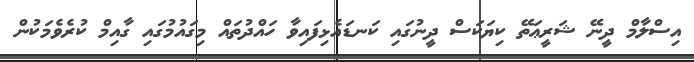
އިސްލާމް ދީނޭ ޝަރީޢަތޭ ކިޔަކަސް ދީނުގައި ކަނޑައެޅިފައިވާ ހައްދުތައް މިގައުމުގައި ގާއިމް ކުރެވެމަކުން